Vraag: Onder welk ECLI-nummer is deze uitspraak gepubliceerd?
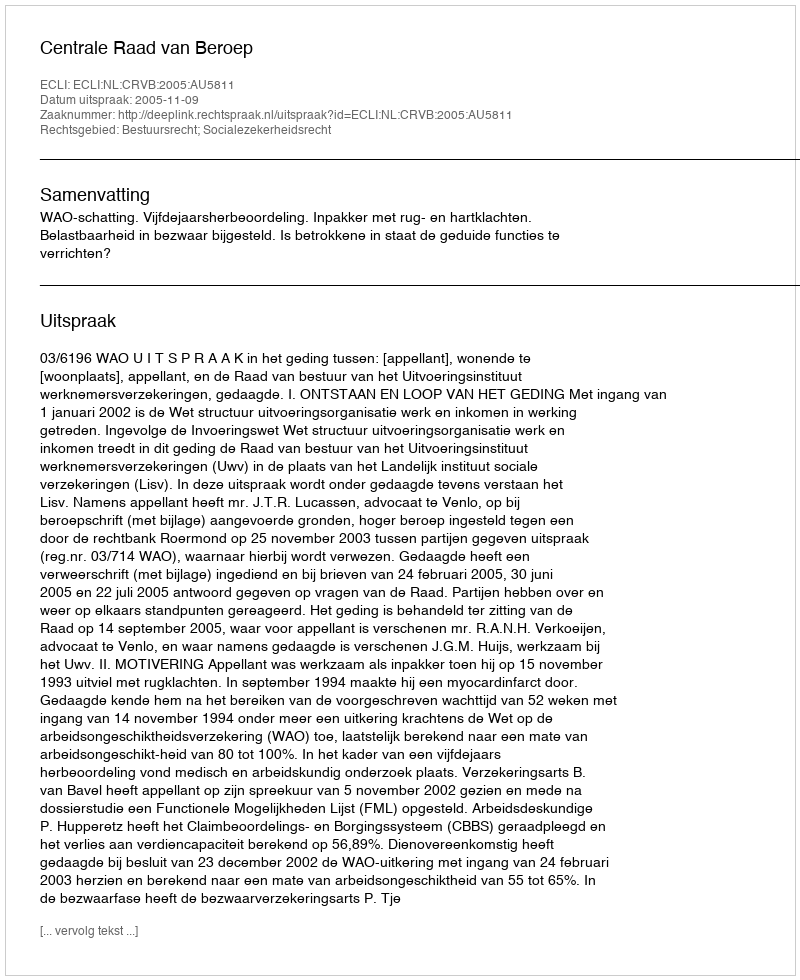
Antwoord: ECLI:NL:CRVB:2005:AU5811